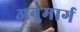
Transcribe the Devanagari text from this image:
अनुमार्ग